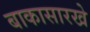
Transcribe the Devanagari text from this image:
बाकासारखे